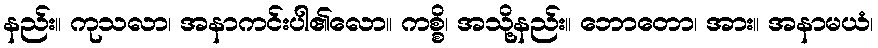
နည်း။ ကုသလာ၊ အနာကင်းပါ၏လော။ ကစ္စိ၊ အသို့နည်း။ ဘောတော၊ အား။ အနာမယံ၊